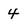
Character: 4